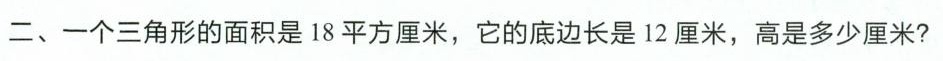
二、一个三角形的面积是18平方厘米，它的底边长是12厘米，高是多少厘米?